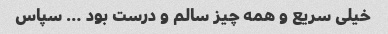
خیلی سریع و همه چیز سالم و درست بود … سپاس